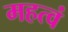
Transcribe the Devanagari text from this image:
महत्वं